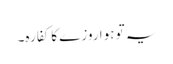
یہ تو ہوا روزے کا کفارہ۔